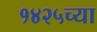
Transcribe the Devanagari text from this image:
१४२५च्या